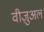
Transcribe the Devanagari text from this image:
वीज़ुअल